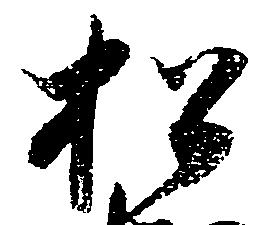
松